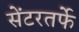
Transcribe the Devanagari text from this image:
सेंटरतर्फे